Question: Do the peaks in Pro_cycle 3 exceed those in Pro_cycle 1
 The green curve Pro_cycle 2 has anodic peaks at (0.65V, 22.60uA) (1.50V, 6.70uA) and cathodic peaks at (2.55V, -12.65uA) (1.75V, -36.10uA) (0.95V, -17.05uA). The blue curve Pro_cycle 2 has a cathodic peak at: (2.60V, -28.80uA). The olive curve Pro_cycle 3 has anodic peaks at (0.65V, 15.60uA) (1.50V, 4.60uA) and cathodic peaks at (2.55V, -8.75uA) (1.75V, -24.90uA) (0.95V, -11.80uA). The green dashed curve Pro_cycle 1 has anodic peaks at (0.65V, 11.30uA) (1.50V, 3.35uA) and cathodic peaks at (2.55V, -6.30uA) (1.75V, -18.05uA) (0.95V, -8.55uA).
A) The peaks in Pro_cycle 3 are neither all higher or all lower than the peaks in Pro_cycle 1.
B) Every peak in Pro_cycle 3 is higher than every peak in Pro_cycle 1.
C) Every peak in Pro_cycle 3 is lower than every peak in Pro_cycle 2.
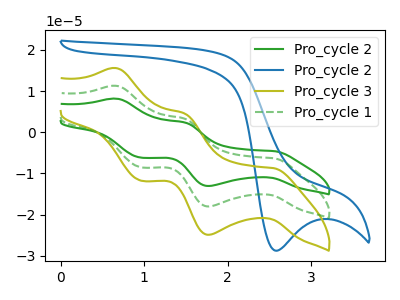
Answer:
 <answer>B) Every peak in "Pro_cycle 3" is higher than every peak in "Pro_cycle 1".</answer>
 <eval>B</eval>